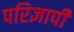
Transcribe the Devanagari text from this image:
परिज्ञापी